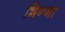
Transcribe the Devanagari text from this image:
भिन्गा